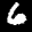
Label: 6